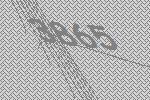
3865